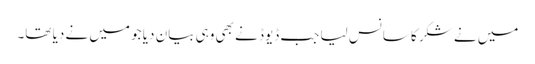
میں نے شکر کا سانس لیا جب ڈیوڈ نے بھی وہی بیان دیا جو میں نے دیا تھا۔